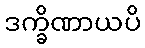
ဒက္ခိဏာယပိ